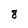
Character: 8